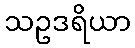
သဥဒရိယာ